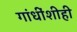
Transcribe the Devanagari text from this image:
गांधींशीही